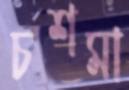
চশমা